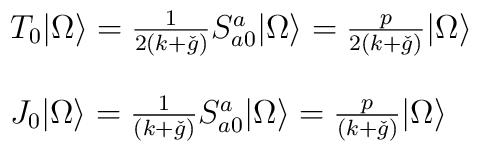
\begin{array}{l}T_{0} |\Omega \rangle = \frac{1}{2(k+\check{g})} S_{a0}^{a} | \Omega \rangle= \frac{p}{2(k+\check{g})} | \Omega \rangle  \\\  \\J_{0} | \Omega \rangle = \frac{1}{(k+\check{g})} S_{a0}^{a} | \Omega \rangle= \frac{p}{(k+\check{g})} | \Omega \rangle\end{array}